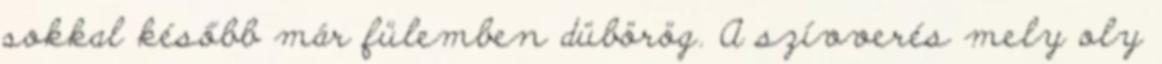
sokkal később már fülemben dübörög. A szívverés mely oly